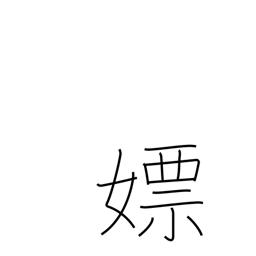
Meaning: wanton